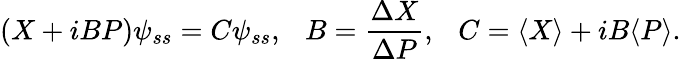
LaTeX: \left(X+iBP\right)\psi_{ss}=C\psi_{ss},~~~B=\frac{\Delta X}{\Delta P},~~~C=\langle X\rangle+iB\langle P\rangle.